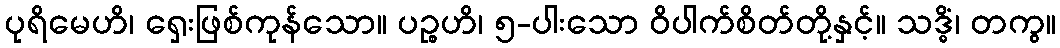
ပုရိမေဟိ၊ ရှေးဖြစ်ကုန်သော။ ပဉ္စဟိ၊ ၅-ပါးသော ဝိပါက်စိတ်တို့နှင့်။ သဒ္ဓိံ၊ တကွ။